NAE_EAOK_eestikeelsed_sunnimeetrikad, lk 172
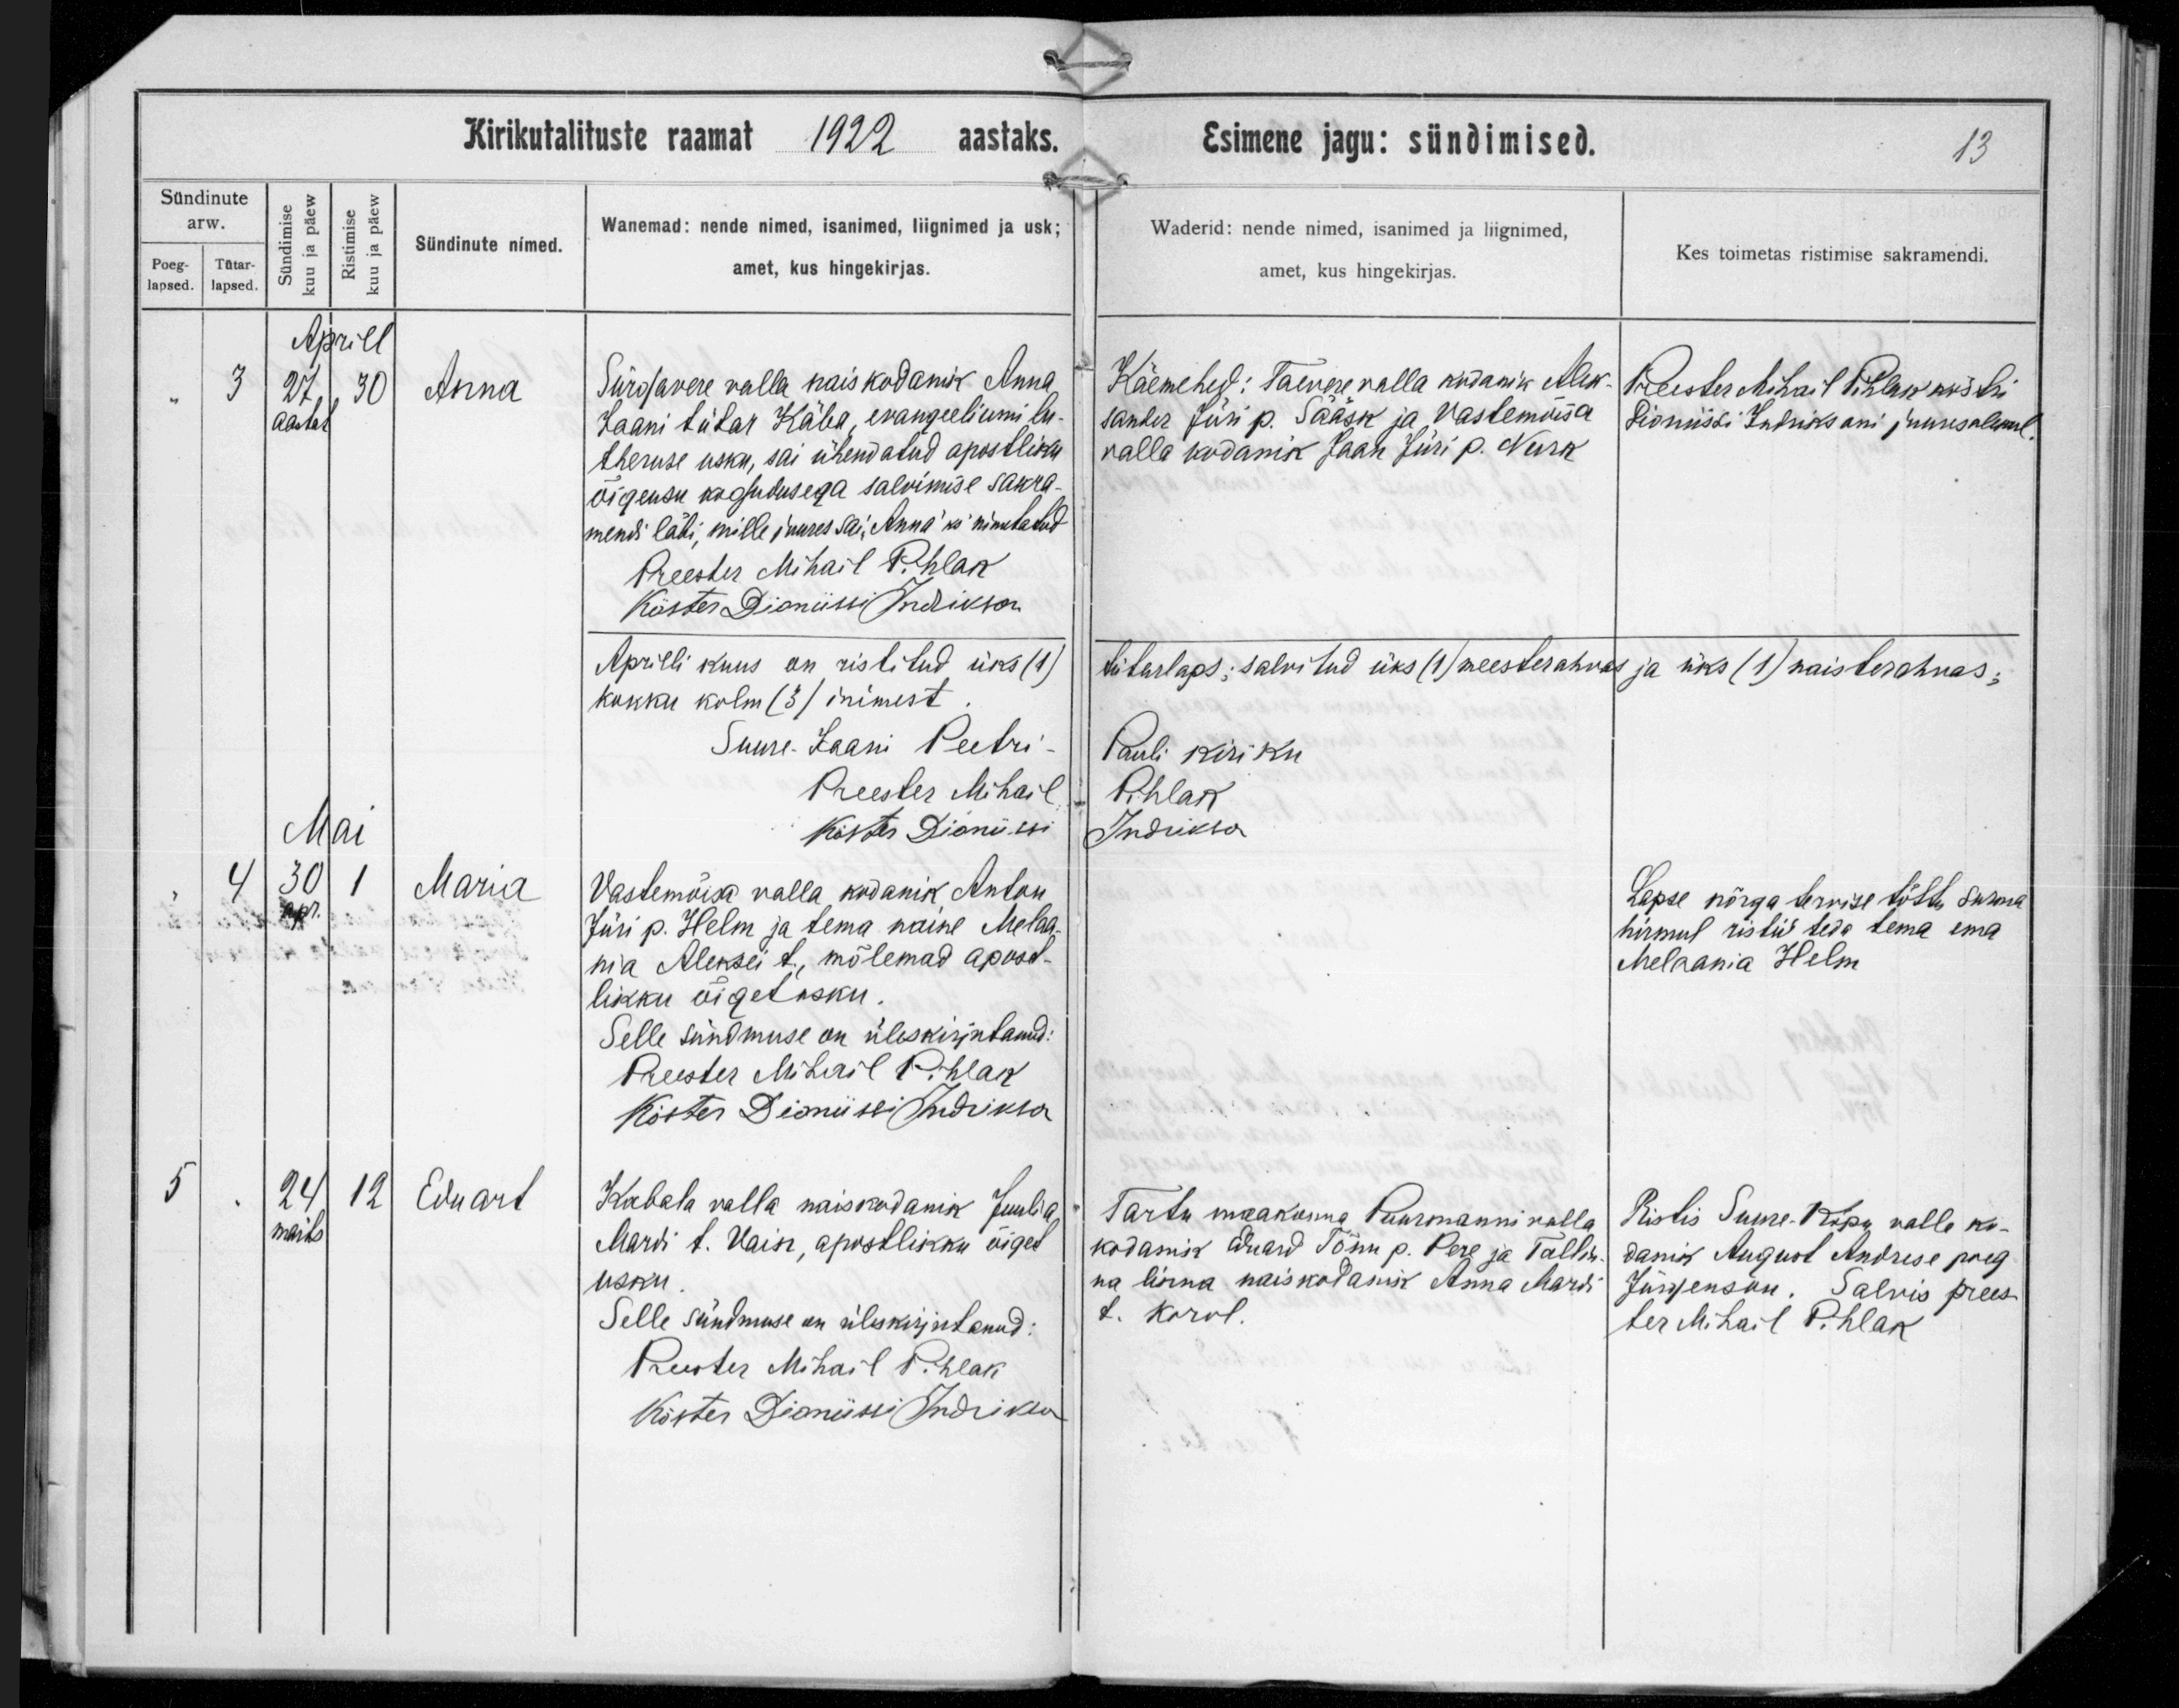
Anna

Maria

Eduard

Sürgavere valla naiskodanik Anna
Jaani tütar Käba, evangeeliumi lu-
theruse usku, sai ühendatud apostlikku
õigeusu kogudusega salvimise sakra-
mendi läbi, mille juures sai ,,Anna'ks" nimetatud

Vastemõisa valla kodanik Anton
Jüri p. Helm ja tema naine Melaa-
nia Aleksei t., mõlemad apost-
likku õiget usku.

Kabala valla naiskodanik Juulia
Mardi t. Vain, apostlikku õiget
usku.